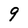
Character: 9